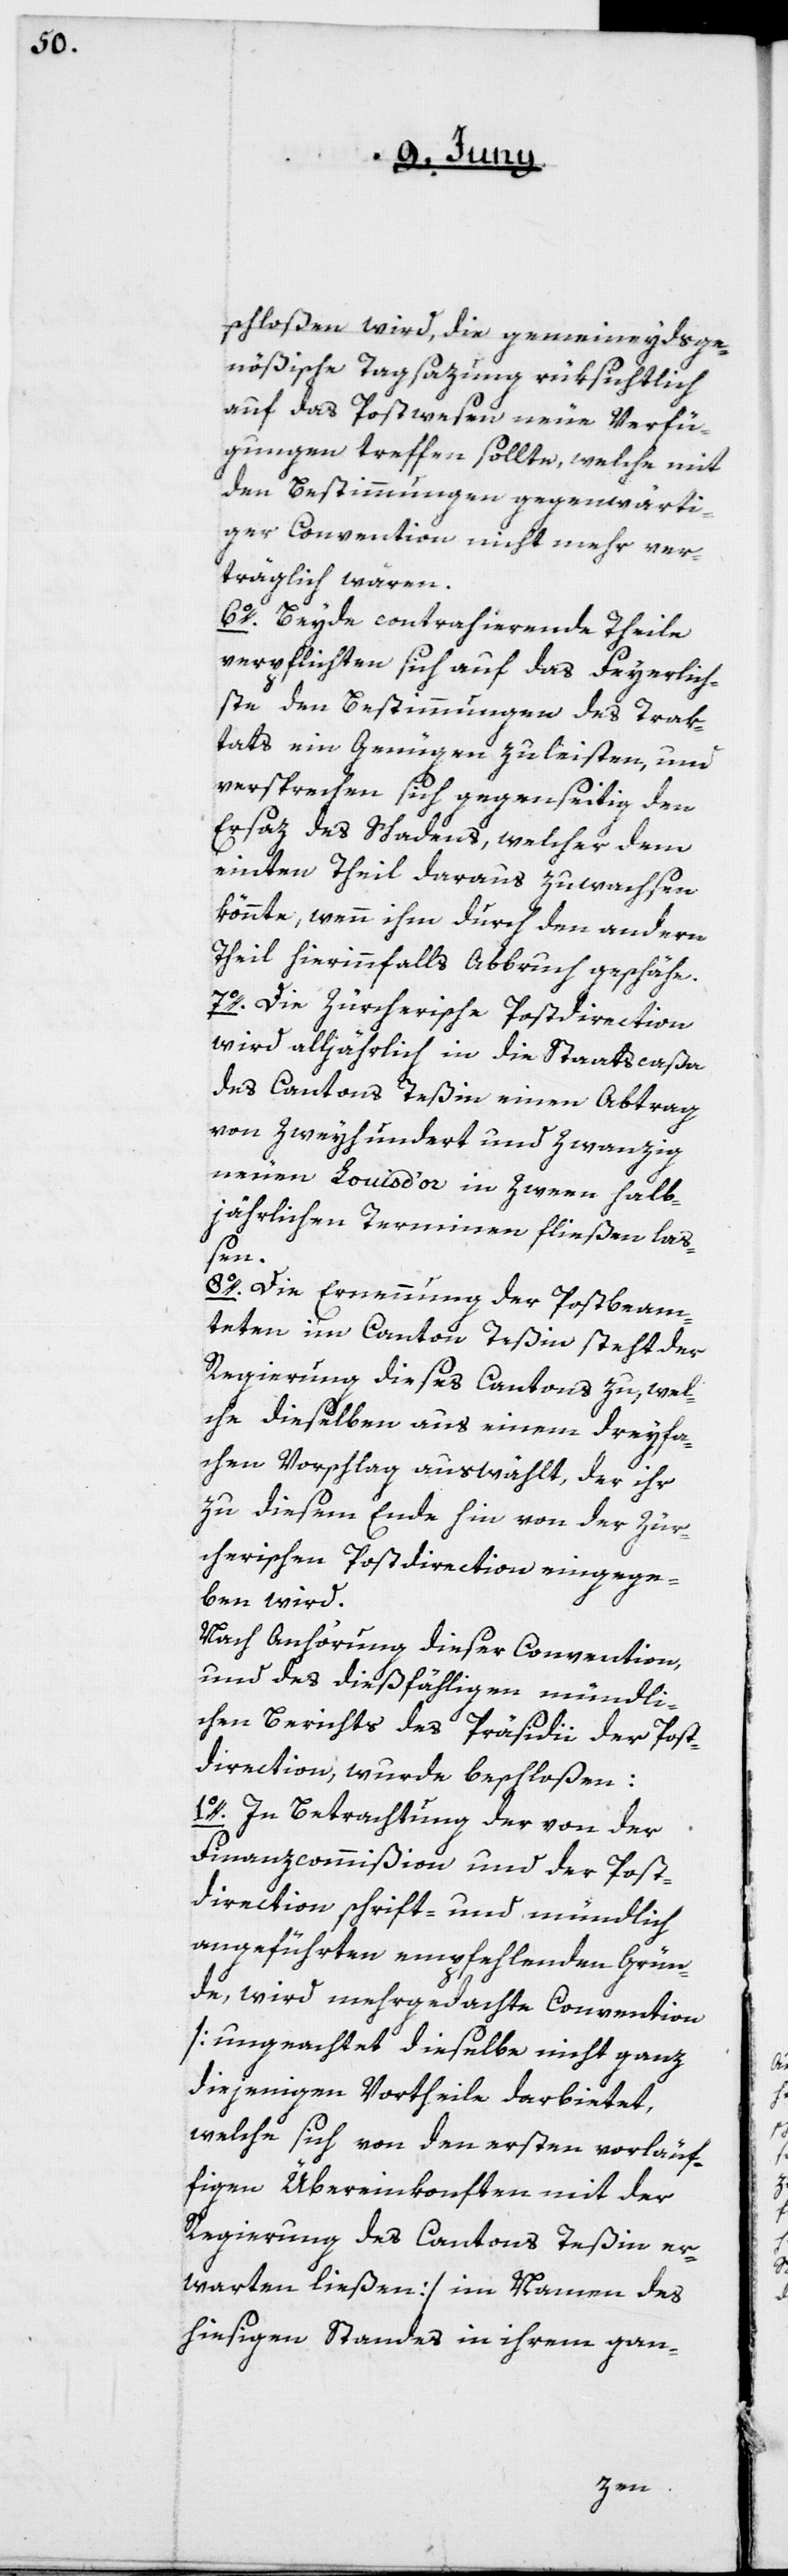
schloßen wird, die gemeineydsge¬
nößische Tagsazung rüksichtlich
auf das Postwesen neue Verfü¬
gungen treffen sollte, welche mi¬
t Bestimmungen gegenwärti¬
ger Convention nicht mehr ver¬
träglich wären.
6o. Beide contrahierende Theile
verpflichten sich auf das Feyerlich¬
ste, den Bestimmungen des Trak¬
tats ein Genügen zu leisten, und
versprechen sich gegenseitig den
Ersaz des Schadens, welcher dem
einten Theil daraus zuwachsen
könnte, wenn ihm durch den andern
Theil hierinnfalls Abbruch geschähe.
7o. Die Zürcherische Postdirection
wird alljährlich in die Staatscaßa
des Cantons Teßin einen Abtrag
von zweyhundert und zwanzig
jährlichen Terminen fließen laß¬
en.
8o. Die Ernennung der Postbeam¬
teten im Canton Teßin steht der
Regierung dieses Cantons zu, wel¬
che dieselben aus einem dreyfa¬
chen Vorschlag auswählt, der ihr
zu diesem Ende hin von der Zür¬
cherischen Postdirection eingege¬
ben wird.
Nach Anhörung dieser Convention,
und des diesfähligen mündli¬
chen Berichts des Präsidii der Post¬
direction, wurde beschloßen:
1o. In Betrachtung der von der
Finanzcommißion und der Post¬
direction schrift- und mündlich
angeführten empfehlenden Grün¬
de, wird mehrgedachte Convention
[ungeachtet dieselbe nicht ganz
diejenigen Vortheile darbietet,
welche sich von den ersten vorläuf¬
figen Übereinkonften mit der
Regierung des Cantons Teßin er¬
warten ließen] im Namen des
hiesigen Standes in ihrem gan-
zween